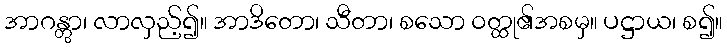
အာဂန္တွာ၊ လာလှည့်၍။ အာဒိတော၊ သီတာ၊ စသော ဝတ္ထု၏အစမှ။ ပဋ္ဌာယ၊ စ၍။